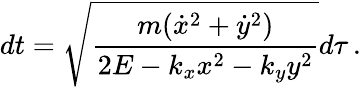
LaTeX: dt=\sqrt{\frac{m(\dot{x}^{2}+\dot{y}^{2})}{2E-k_{x}x^{2}-k_{y}y^{2}}}d\tau\, .